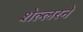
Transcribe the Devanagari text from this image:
शेल्लरने